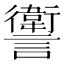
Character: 讆